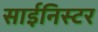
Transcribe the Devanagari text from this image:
साईनिस्टर